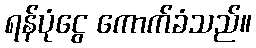
ရန်ပုံငွေ ကောက်ခံသည်။